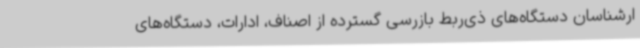
ارشناسان دستگاه‌های ذی‌ربط بازرسی گسترده از اصناف، ادارات، دستگاه‌های